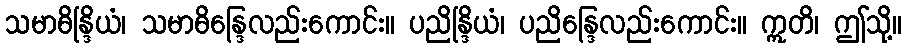
သမာဓိန္ဒြိယံ၊ သမာဓိန္ဒြေလည်းကောင်း။ ပညိန္ဒြိယံ၊ ပညိန္ဒြေလည်းကောင်း။ ဣတိ၊ ဤသို့။